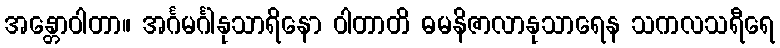
အန္တောဝါတာ။ အင်္ဂမင်္ဂါနုသာရိနော ဝါတာတိ ဓမနိဇာလာနုသာရေန သကလသရီရေ